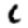
Digit: 1